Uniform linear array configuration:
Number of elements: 64
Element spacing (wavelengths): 0.5
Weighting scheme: binomial
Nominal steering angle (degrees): -60
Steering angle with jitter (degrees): -59.215
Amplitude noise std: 0.05
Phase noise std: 0.05

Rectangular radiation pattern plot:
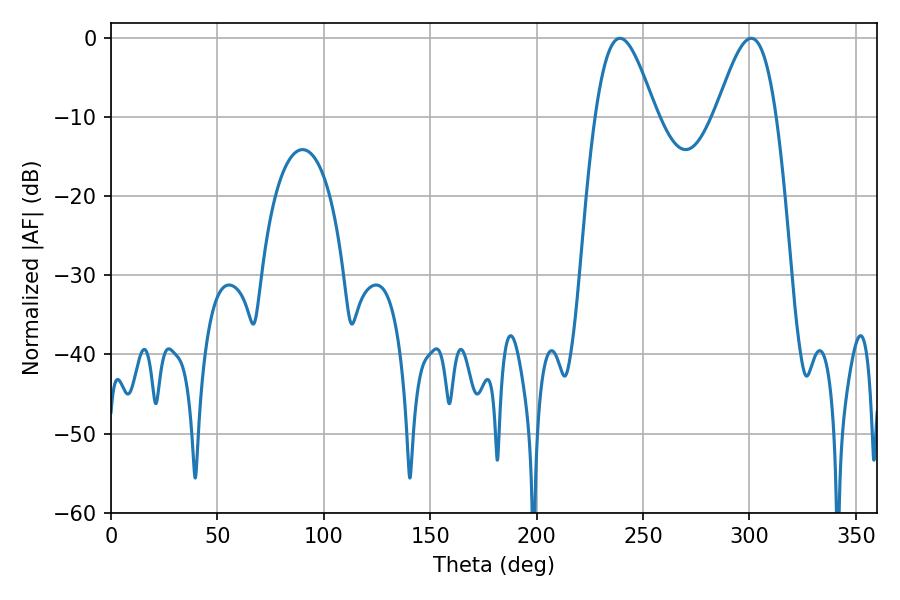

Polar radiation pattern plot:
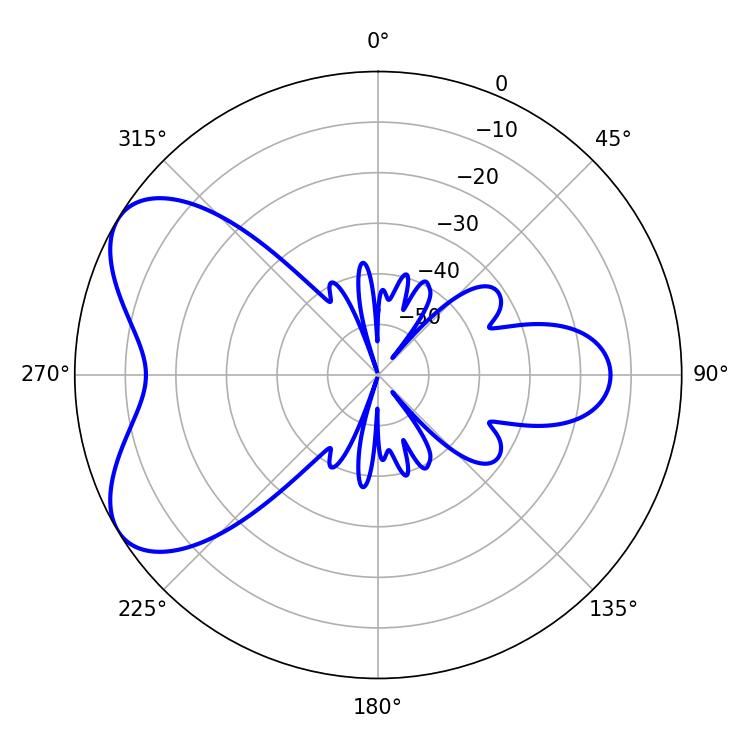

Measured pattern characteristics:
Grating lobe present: FALSE
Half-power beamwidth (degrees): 15.3
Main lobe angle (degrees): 239.22